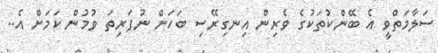
ސަލާމަތްވީ އެ ބޭންކުތަކުގެ ވެރިން އިނގިރޭސި ބަހަށް ނުފަރިތަ ވުމުން ކަމަށް އެ..